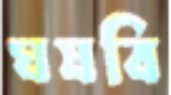
ঘষবি